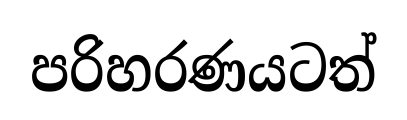
පරිහරණයටත්